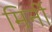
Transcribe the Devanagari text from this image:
मिर्नी